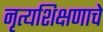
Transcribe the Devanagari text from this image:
नृत्यशिक्षणाचे